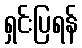
ရှင်းပြရန်